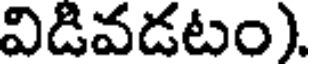
విడివడటం).